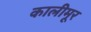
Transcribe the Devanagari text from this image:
कालीमूर